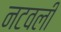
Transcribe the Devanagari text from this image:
नटवली